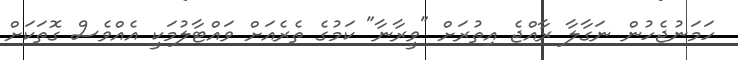
ހަމަނުޖެހުން ނަގާލާ ރާއްޖެ އިތުރަށް "ވީރާނާ" ކަމުގެ ތެރެއަށް ވައްޓާލުމަކީ އެއްވެސް ގޮތަކަށް